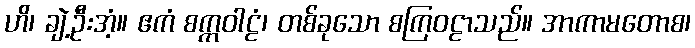
ဟိ၊ ချဲ့ဦးအံ့။ ဧကံ စက္ကဝါဠံ၊ တစ်ခုသော စကြဝဠာသည်။ အာကာမတောစ၊